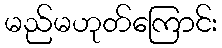
မည်မဟုတ်ကြောင်း